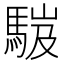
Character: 𩣞